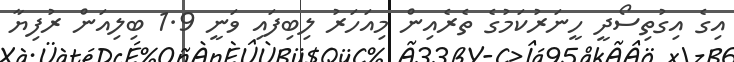
އިގެ އިގުތިސޯދީ ހީނަރުކަމުގެ ތެރެއިން މިއަހަރު ލިބިފައި ވަނީ 1.9 ބިލިއަން ރުފިޔާ